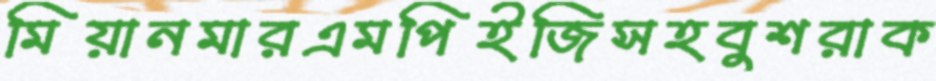
মিয়ানমারএমপিইজিসহবুশরাক